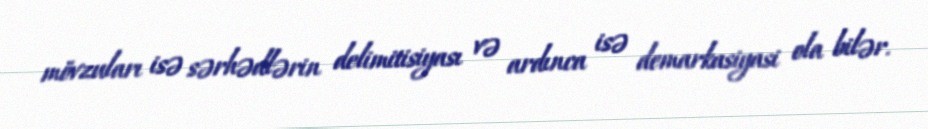
mövzuları isə sərhədlərin delimitisiyası və ardınca isə demarkasiyasi ola bilər.